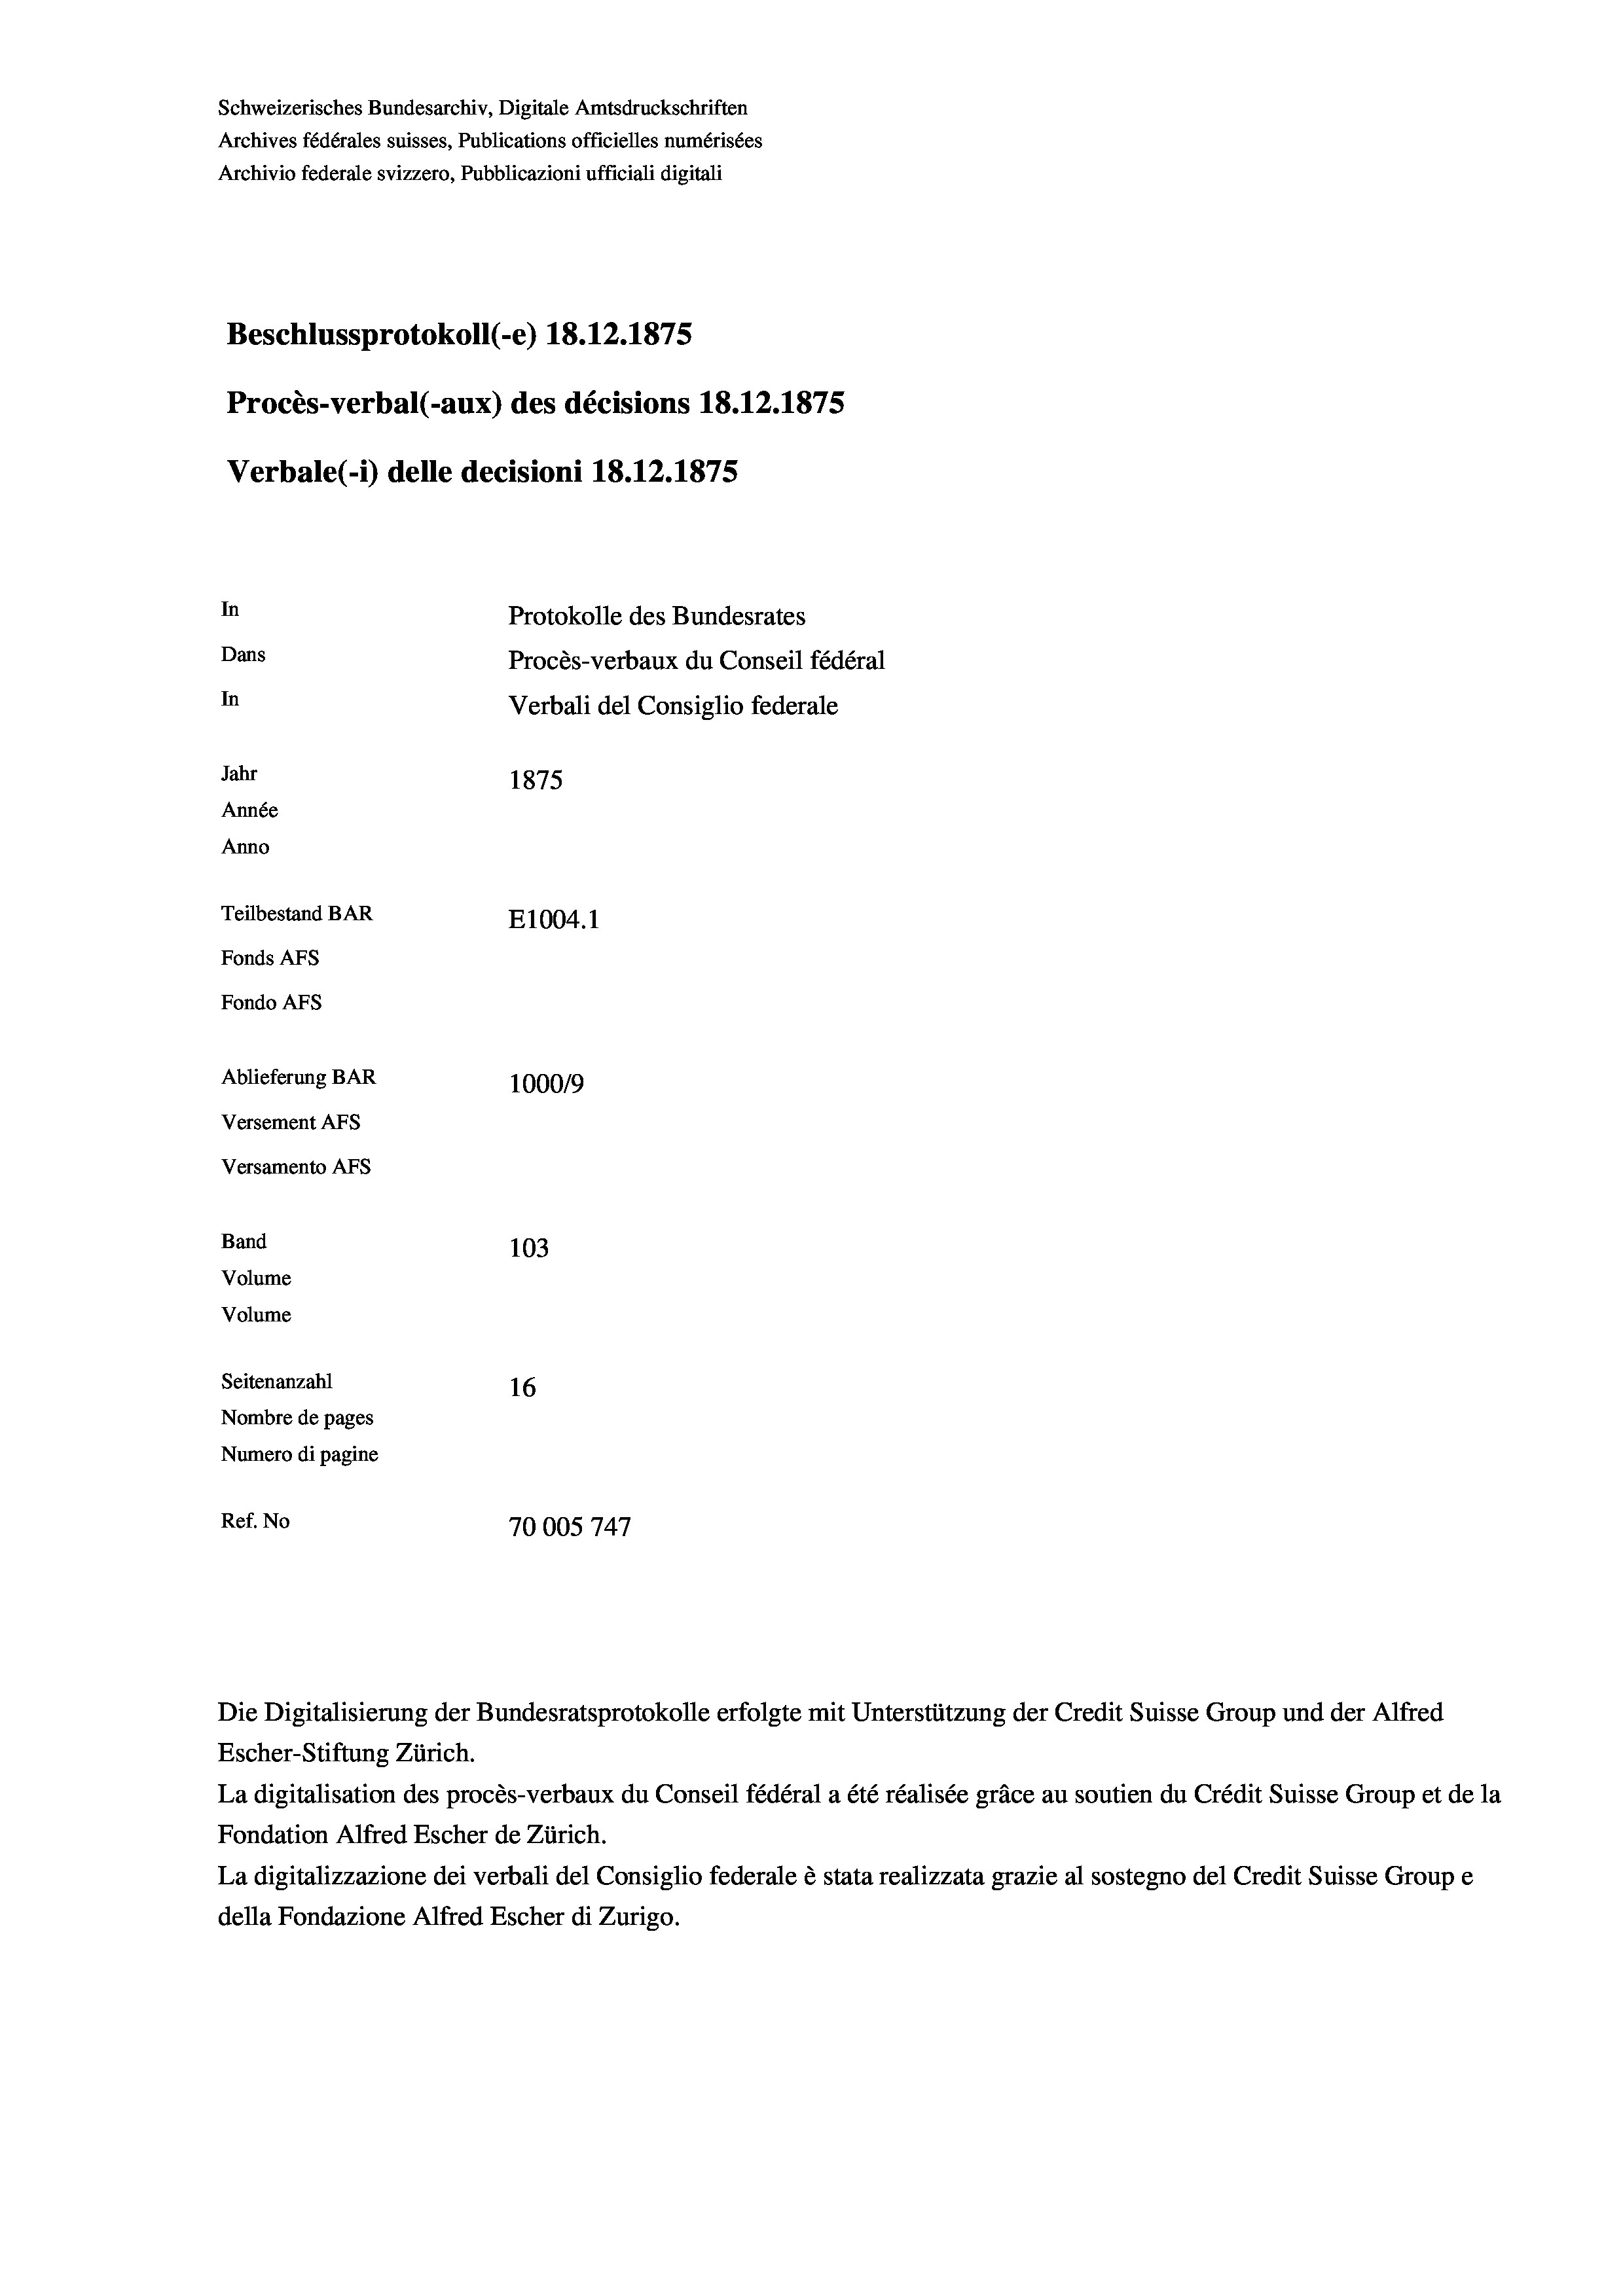
Schweizerisches Bundesarchiv, Digitale Amtsdruckschriften
Archives fédérales suisses, Publications officielles numérisées
Archivio federale svizzero, Pubblicazioni ufficiali digitali
Beschlussprotokoll (-e) 18.12.1875
Procès-verbal (-aux) des décisions 18.12.1875
Verbale (1) delle decisioni 18.12.1875
In
Protokolle des Bundesrates
Dans
Procès-verbaux du Conseil fédéral
In
Verbali del Consiglio federale
Jahr
1875
Année
Anno
Teilbestand BAR
E1004.1
Fonds AFs
Fondo AFs
Ablieferung BAR
1000/9
Versement Abs
Versamento AFs
Band
103

Volume
Volume
Seitenanzahl
16
Nombre de pages
Numero di pagine
Ref. No
70005747

Escher-Stiftung Zürich.
La digitalisation des procès-verbaux du Conseil fédéral a été réalisée gräce au soutien du Crédit Suisse Group et de la
Fondation Alfred Escher de Zürich.
La digitalizzazione dei verbali del Consiglio federale è stata realizzata grazie al sostegno del Credit Suisse Groupe
della Fondazione Alfred Escher di Zurigo.

Die Digitalisierung der Bundesratsprotokolle erfolgte mit Unterstützung der Credit Suisse Group und der Alfred